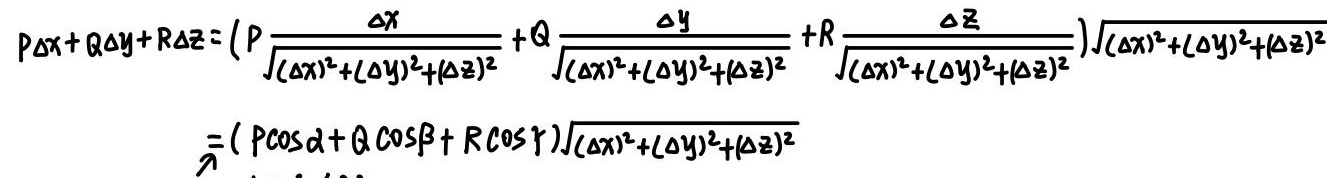
\[
\begin{align*}
P\Delta x + Q\Delta y + R\Delta z&=\left(P\frac{\Delta x}{\sqrt{(\Delta x)^2 + (\Delta y)^2 + (\Delta z)^2}}+Q\frac{\Delta y}{\sqrt{(\Delta x)^2 + (\Delta y)^2 + (\Delta z)^2}}+R\frac{\Delta z}{\sqrt{(\Delta x)^2 + (\Delta y)^2 + (\Delta z)^2}}\right)\sqrt{(\Delta x)^2 + (\Delta y)^2 + (\Delta z)^2}\\
&=(P\cos\alpha + Q\cos\beta + R\cos\gamma)\sqrt{(\Delta x)^2 + (\Delta y)^2 + (\Delta z)^2}
\end{align*}
\]